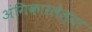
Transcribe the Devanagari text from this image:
अंगिकारलेल्या